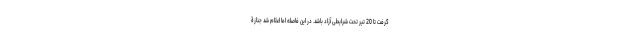
گرفت تا 20 تیر تحت شرایطی آزاد باشد. در این فاصله اما اعلام شد جنازۀ